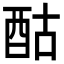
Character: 酤